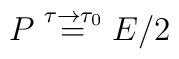
P \buildrel{\tau \to \tau_0}\over= E/2